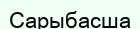
Сарыбасша